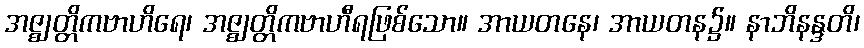
အဇ္ဈတ္တိကဗာဟိရေ၊ အဇ္ဈတ္တိကဗာဟီရဖြစ်သော။ အာယတနေ၊ အာယတန၌။ နာဘိနန္ဒတိ၊